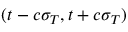
( t - c \sigma _ { T } , t + c \sigma _ { T } )